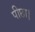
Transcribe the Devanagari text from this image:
पीछा।